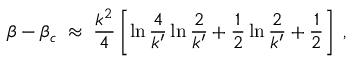
\beta - \beta _ { c } \; \approx \; { \frac { k ^ { 2 } } { 4 } } \left[ \ln { \frac { 4 } { k ^ { \prime } } } \ln { \frac { 2 } { k ^ { \prime } } } + { \frac { 1 } { 2 } } \ln { \frac { 2 } { k ^ { \prime } } } + { \frac { 1 } { 2 } } \right] \; ,